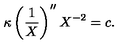
\kappa \left( \frac { 1 } { X } \right) ^ { \prime \prime } X ^ { - 2 } = c .